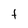
Character: t